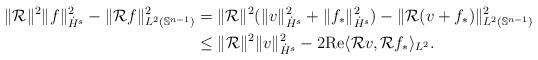
LaTeX: \begin{align*}\|\mathcal{R}\|^2\|f\|_{\dot{H}^s}^2 - \|\mathcal{R}f\|_{L^2(\mathbb{S}^{n-1})}^2 & =\|\mathcal{R}\|^2(\|v\|_{\dot{H}^s}^2+\|f_\ast\|_{\dot{H}^s}^2) - \|\mathcal{R}(v+f_\ast)\|_{L^2(\mathbb{S}^{n-1})}^2\\& \leq \|\mathcal{R}\|^2\|v\|_{\dot{H}^s}^2-2\mathrm{Re}\langle\mathcal{R}v,\mathcal{R}f_\ast\rangle_{L^2}.\end{align*}